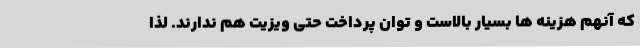
که آنهم هزینه ها بسیار بالاست و توان پرداخت حتی ویزیت هم ندارند. لذا